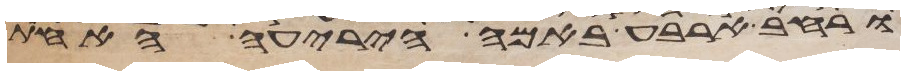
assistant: ורחב ארבע באמה היריעה האחת